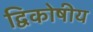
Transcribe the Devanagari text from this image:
द्विकोषीय